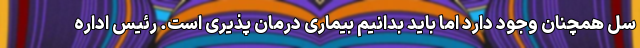
سل همچنان وجود دارد اما باید بدانیم بیماری درمان پذیری است. رئیس اداره